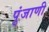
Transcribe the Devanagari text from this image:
पुंजाणी